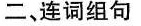
二、连词组句